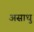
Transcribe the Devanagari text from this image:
असाधु